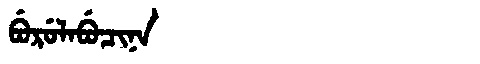
Manchu: ᠪᡠᡵᡠᠯᠠᠪᡠᠴᡳᠨᠠ
Romanization: BURULABUCINA